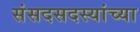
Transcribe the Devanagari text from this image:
संसदसदस्यांच्या